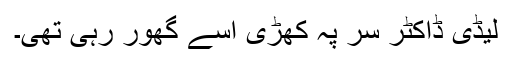
لیڈی ڈاکٹر سر پہ کھڑی اسے گھور رہی تھی۔